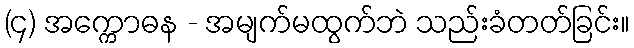
(၄) အက္ကောဓန - အမျက်မထွက်ဘဲ သည်းခံတတ်ခြင်း။